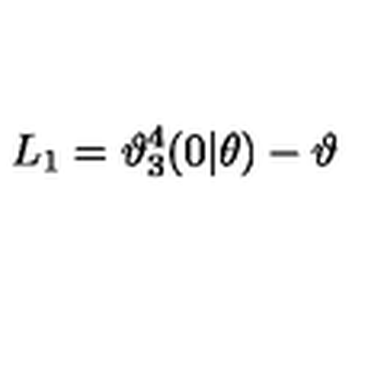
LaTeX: L _ { 1 } = \mathcal { \vartheta } _ { 3 } ^ { 4 } ( 0 | \theta ) - \mathcal { \vartheta }